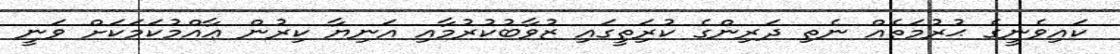
ކައިވެނީގެ ޙުރުމަތެއް ނެތި ދަރިންގެ ކުރިަތީގައި ޒުވާބުކުރުމާއި އަނިޔާ ކިރުން ޢާއްމުކަމަކަށް ވަނީ